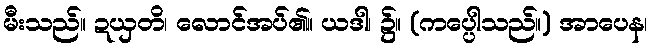
မီးသည်။ ဍယှတိ၊ လောင်အပ်၏။ ယဒါ၊ ၌။ (ကပ္ပေါသည်။) အာပေန၊